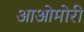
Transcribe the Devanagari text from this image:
आओमोरी